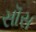
સૉસ